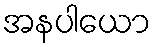
အနပါယော